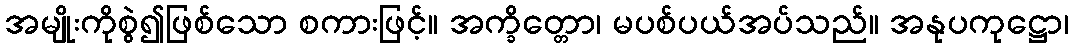
အမျိုးကိုစွဲ၍ဖြစ်သော စကားဖြင့်။ အက္ခိတ္တော၊ မပစ်ပယ်အပ်သည်။ အနုပကုဋ္ဌော၊